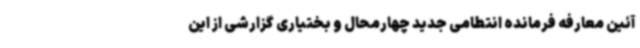
آئین معارفه فرمانده انتطامی جدید چهارمحال و بختیاری گزارشی از این